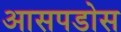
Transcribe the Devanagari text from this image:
आसपडोस